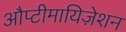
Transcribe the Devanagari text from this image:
औप्टीमायिज़ेशन